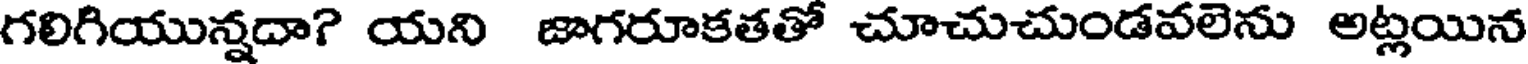
గలిగియున్నదా? యని జాగరూకతతో చూచుచుండవలెను అట్లయిన